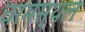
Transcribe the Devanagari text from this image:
चरमस्थल